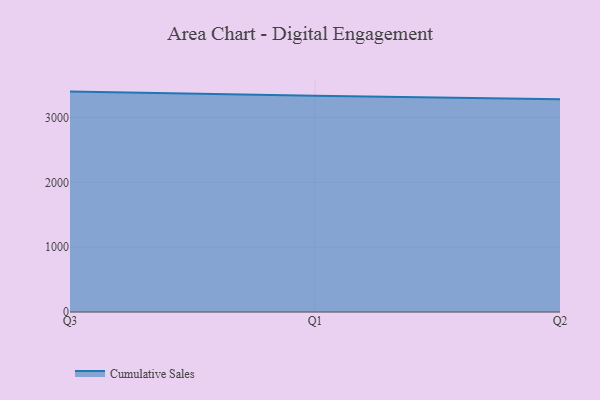
{"axis": {"x": "Quarter", "y": "Waste Production (Tons)"}, "legend": ["Cumulative Sales"], "data": [{"x": "Q3", "y": 3399.5, "type": "Cumulative Sales"}, {"x": "Q1", "y": 3333.8, "type": "Cumulative Sales"}, {"x": "Q2", "y": 3282.3, "type": "Cumulative Sales"}]}